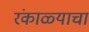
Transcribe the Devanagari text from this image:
रंकाळ्याचा